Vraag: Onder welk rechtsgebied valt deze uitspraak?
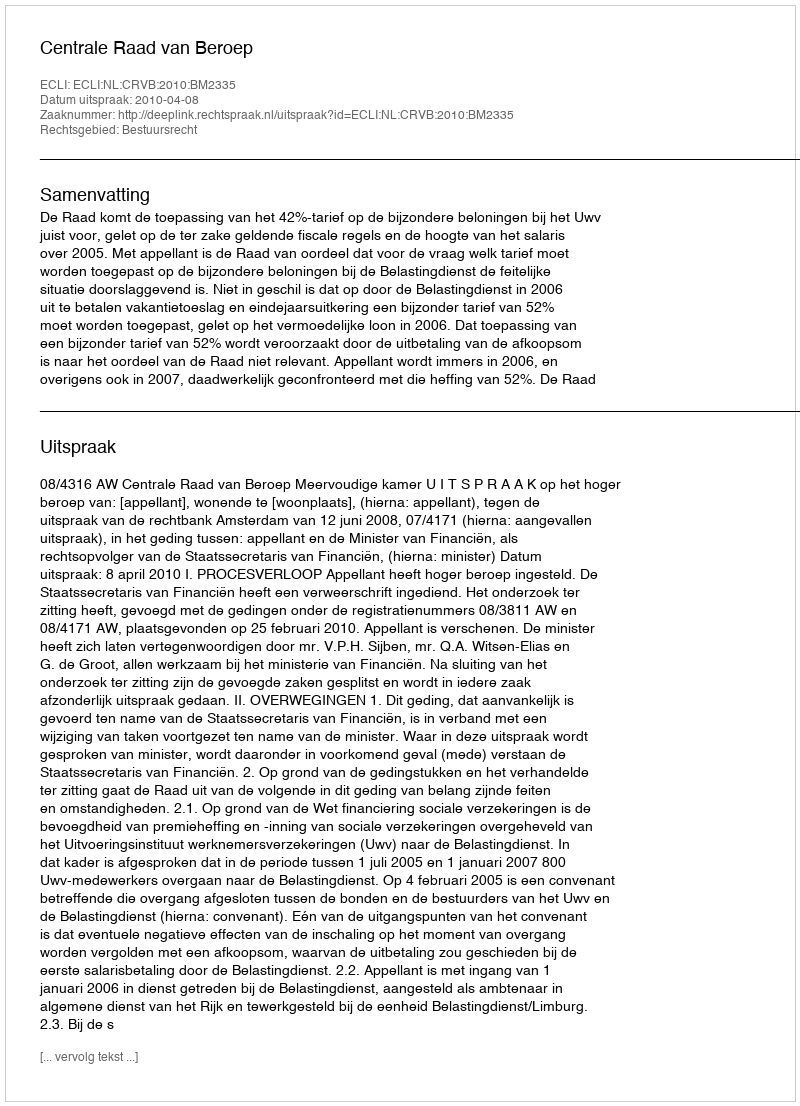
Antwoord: Bestuursrecht